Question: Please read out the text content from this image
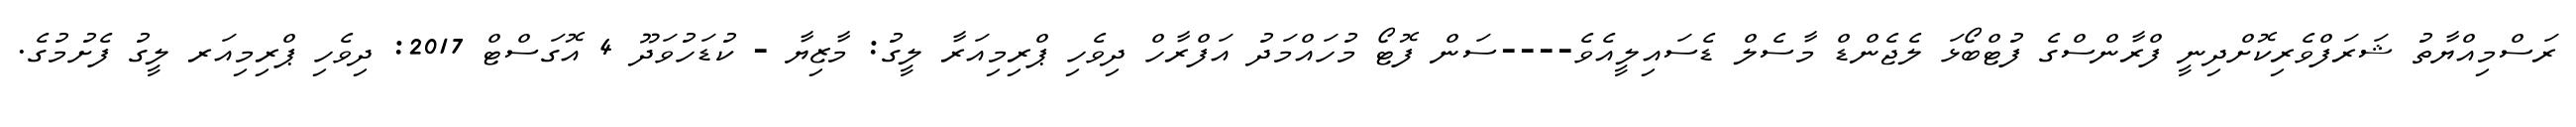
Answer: ރަސްމިއްޔާތު ޝަރަފްވެރިކޮށްދިނީ ފްރާންސްގެ ފުޓްބޯޅަ ލެޖެންޑް މާސެލް ޑެސައިލީއެވެ----ސަން ފޮޓޯ މުހައްމަދު އަފްރާހް ދިވެހި ޕްރިމިއަރާ ލީގު: މާޒިޔާ - ކުޑަހުވަދޫ 4 އޮގަސްޓް 2017: ދިވެހި ޕްރިމިއަރ ލީގު ފެށުމުގެ.